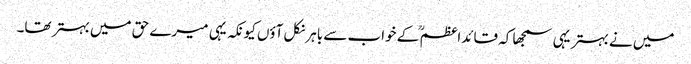
میں نے بہتر یہی سمجھا کہ قائداعظم ؒ کے خواب سے باہر نکل آؤں کیونکہ یہی میرے حق میں بہتر تھا۔